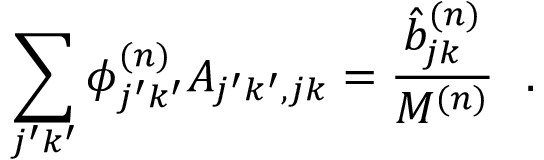
\sum _ { j ^ { \prime } k ^ { \prime } } { \phi } _ { j ^ { \prime } k ^ { \prime } } ^ { ( n ) } A _ { j ^ { \prime } k ^ { \prime } , j k } = \frac { \hat { b } _ { j k } ^ { ( n ) } } { M ^ { ( n ) } } ~ ~ .